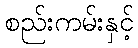
စည်းကမ်းနှင့်